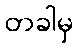
တခါမှ